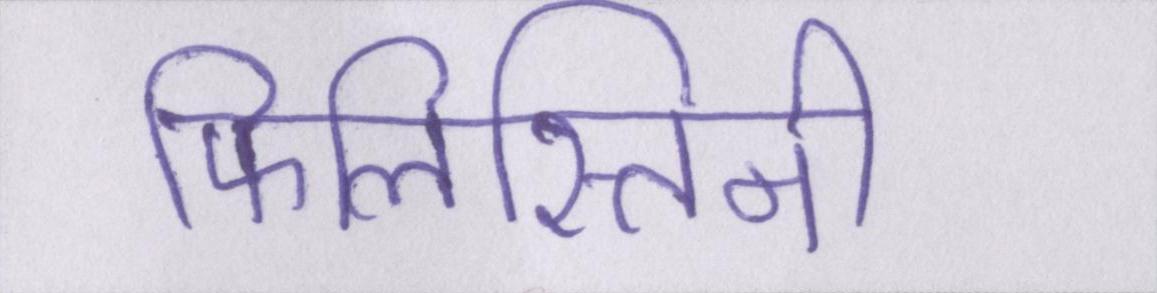
फिलिस्तिनी